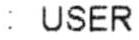
: USER